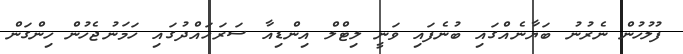
ފުލުހުން ނެރުނު ބަޔާނެއްގައި ބުނެފައި ވަނީ ލިޓްލް އިންޑިއާ ސަރަހައްދުގައި ހަމަނުޖެހުން ހިންގަން